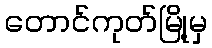
တောင်ကုတ်မြို့မှ